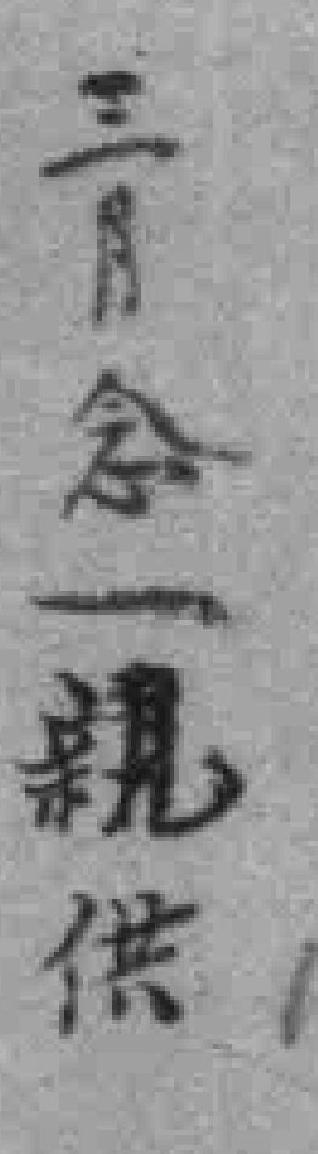
三月念一親供